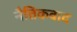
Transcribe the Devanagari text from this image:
नैतिकवाद